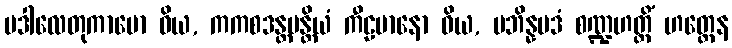
ပဒါလေတုကာမော ဝိယ, ကကစဒန္တပန္တိယံ ကီဠမာနော ဝိယ, ပဘိန္နမဒံ စဏ္ဍဟတ္ထိံ ဟတ္ထေန